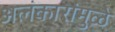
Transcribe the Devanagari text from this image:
अलंकारांमुळे